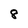
Character: 8